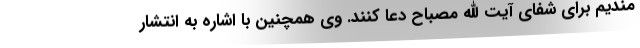
مندیم برای شفای آیت الله مصباح دعا کنند. وی همچنین با اشاره به انتشار